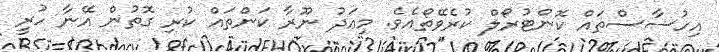
އިހުސާސްތައް ކޮންޓުރޯލް ކުރެވޭތޯއެވެ. މިއަދު ނޫރާ ކަންތައް ކުރި ގޮތުން އޭނާ ހުރީ